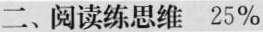
二、阅读练思维 25\%